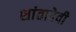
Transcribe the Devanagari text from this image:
शांतादेवी